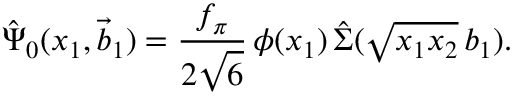
\hat { \Psi } _ { 0 } ( x _ { 1 } , \vec { b } _ { 1 } ) = \frac { f _ { \pi } } { 2 \sqrt { 6 } } \, \phi ( x _ { 1 } ) \, \hat { \Sigma } ( \sqrt { x _ { 1 } x _ { 2 } } \, b _ { 1 } ) .